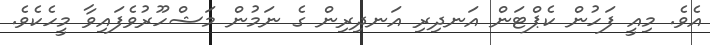
އެވެ. މިއީ ފަހުން ކެޕްޓަން އަނދިރި އަނދިރިން ގެ ނަމުން މަޝްހޫރުވެފައިވާ މީހެކެވެ.